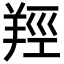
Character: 羥